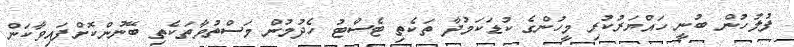
ފުލުހުން ބުނީ ހައްޔަރުކުރި މީހުންގެ ކުޑަކަމުދާ ތަކެތި ޓެސްޓު ހެދުމުން މަސްތުވާތަކެތި ބޭނުންކޮށްފައިވާކަން